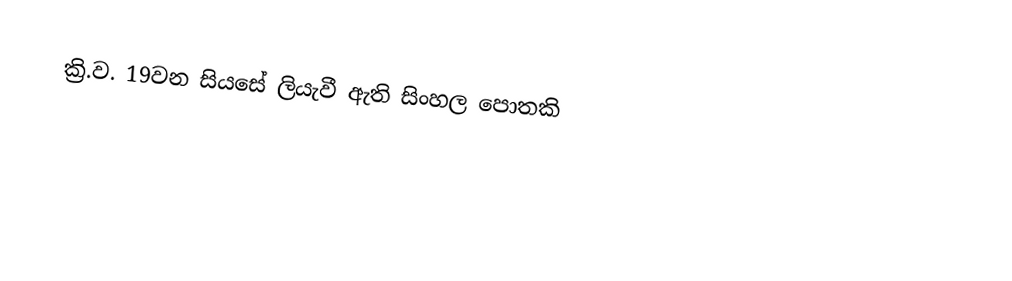
ක්‍රි.ව. 19වන සියසේ ලියැවී ඇති සිංහල පොතකි